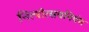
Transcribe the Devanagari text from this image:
नित्योत्सवनिबंध